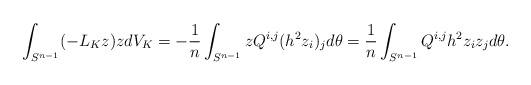
LaTeX: \begin{align*}\int_{S^{n-1}} (-L_K z) z dV_K = - \frac{1}{n} \int_{S^{n-1}} z Q^{i,j} (h^2 z_i)_j d\theta = \frac{1}{n} \int_{S^{n-1}} Q^{i,j} h^2 z_i z_j d\theta. \end{align*}